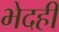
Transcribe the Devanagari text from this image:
भेदही